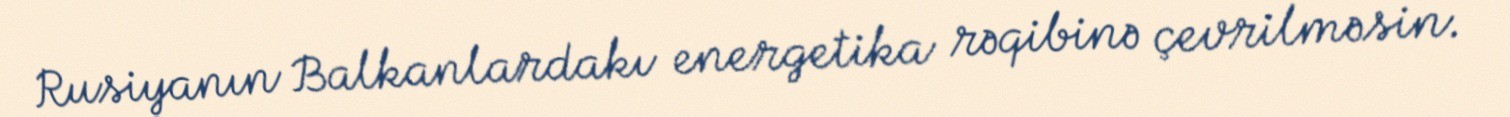
Rusiyanın Balkanlardakı energetika rəqibinə çevrilməsin.